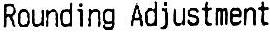
ROUNDING ADJUSTMENT